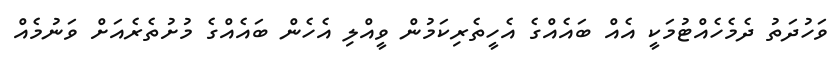
ވަހުދަތު ދެމެހެއްޓުމަކީ އެއް ބައެއްގެ އެހީތެރިކަމުން ވީއްލި އެހެން ބައެއްގެ މުށުތެރެއަށް ވަނުމެއް